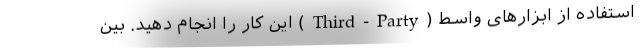
استفاده از ابزارهای واسط (Third-Party) این کار را انجام دهید. بین